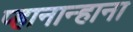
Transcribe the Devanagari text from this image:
प्हानान्हाना